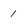
Character: I